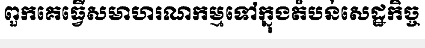
ពួកគេធ្វើសមាហរណកម្មទៅក្នុងតំបន់សេដ្ឋកិច្ច